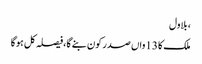
، بلاول
ملک کا 13واں صدر کون بنے گا،فیصلہ کل ہوگا